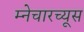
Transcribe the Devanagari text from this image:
म्नेचारच्यूस